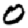
Digit: 0